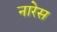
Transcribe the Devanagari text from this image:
नारेस